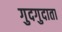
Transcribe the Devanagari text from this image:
गुदगुदाता